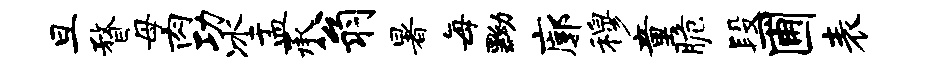
旦瞀母肉功冰盂承翁暑每黝廓穆童脆段圃表